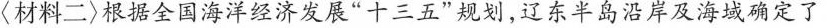
〈材料二〉根据全国海洋经济发展”十三五”规划，辽东半岛沿岸及海域确定了